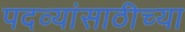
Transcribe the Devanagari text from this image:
पदव्यांसाठीच्या